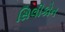
સિલીકોન